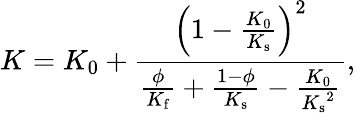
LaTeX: K=K_{0}+\frac{\left(1-\frac{K_{0}}{K_{\mathrm{s}}}\right)^{2}}{\frac{\phi}{K_{\mathrm{f}}}+\frac{1-\phi}{K_{\mathrm{s}}}-\frac{K_{0}}{{K_{\mathrm{s}}}^{2}}},